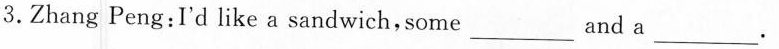
3. Zhang Peng: I'd like a sandwich, some ___ and a ___.